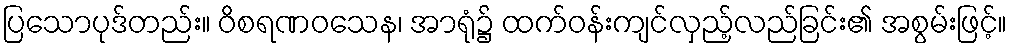
ပြသောပုဒ်တည်း။ ဝိစရဏဝသေန၊ အာရုံ၌ ထက်ဝန်းကျင်လှည့်လည်ခြင်း၏ အစွမ်းဖြင့်။